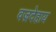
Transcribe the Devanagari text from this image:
वज्रदेहाय